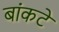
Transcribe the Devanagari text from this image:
बांकटे